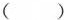
( )